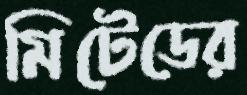
মিটেডের